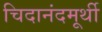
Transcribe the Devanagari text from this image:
चिदानंदमूर्थी